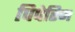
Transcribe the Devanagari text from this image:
पिपेरिन